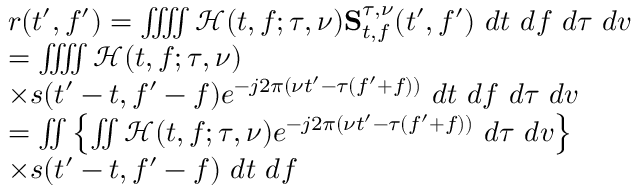
\begin{array} { r l } & { r ( t ^ { \prime } , f ^ { \prime } ) = \iiiint \mathcal { H } ( t , f ; \tau , \nu ) \mathbf { S } _ { t , f } ^ { \tau , \nu } ( t ^ { \prime } , f ^ { \prime } ) ~ d t ~ d f ~ d \tau ~ d v } \\ & { = \iiiint \mathcal { H } ( t , f ; \tau , \nu ) } \\ & { \times s ( t ^ { \prime } - t , f ^ { \prime } - f ) e ^ { - j 2 \pi ( \nu t ^ { \prime } - \tau ( f ^ { \prime } + f ) ) } ~ d t ~ d f ~ d \tau ~ d v } \\ & { = \iint \left\{ \iint \mathcal { H } ( t , f ; \tau , \nu ) e ^ { - j 2 \pi ( \nu t ^ { \prime } - \tau ( f ^ { \prime } + f ) ) } ~ d \tau ~ d v \right\} } \\ & { \times s ( t ^ { \prime } - t , f ^ { \prime } - f ) ~ d t ~ d f } \end{array}